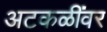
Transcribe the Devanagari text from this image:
अटकळींवर